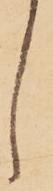
し